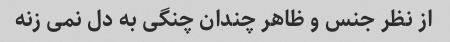
از نظر جنس و ظاهر چندان چنگی به دل نمی زنه